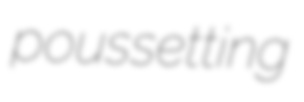
poussetting